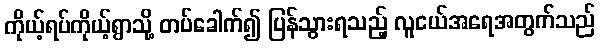
ကိုယ့်ရပ်ကိုယ့်ရွာသို့ တပ်ခေါက်၍ ပြန်သွားရသည့် လူငယ်အရေအတွက်သည်